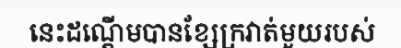
នេះដណ្តើមបានខ្សែក្រវាត់មួយរបស់